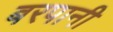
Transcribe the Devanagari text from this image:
बरपानी